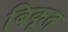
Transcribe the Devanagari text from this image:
बिकृत